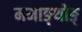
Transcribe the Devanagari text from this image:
ममाङ्थोङ्